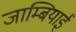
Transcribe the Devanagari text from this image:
जाम्बियाई